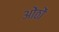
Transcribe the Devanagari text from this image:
ओंठों